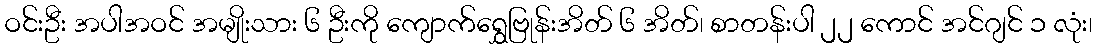
ဝင်းဦး အပါအဝင် အမျိုးသား ၆ ဦးကို ကျောက်ရွှေဗြုန်းအိတ် ၆ အိတ်၊ စာတန်းပါ ၂၂ ကောင် အင်ဂျင် ၁ လုံး၊